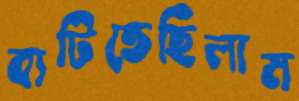
বাটিতেছিলাম